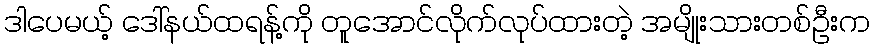
ဒါပေမယ့် ဒေါ်နယ်ထရန့်ကို တူအောင်လိုက်လုပ်ထားတဲ့ အမျိုးသားတစ်ဦးက